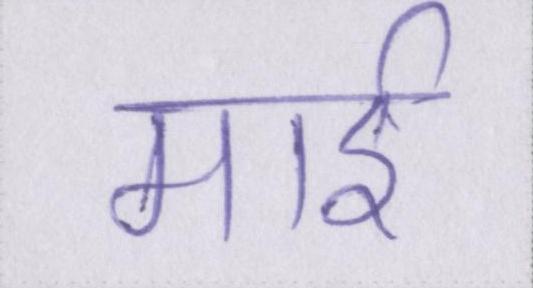
माई